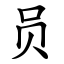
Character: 员